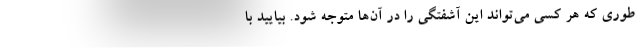
طوری که هر کسی می‌تواند این آشفتگی را در آن‌ها متوجه شود. بیایید با